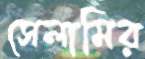
সেলামির